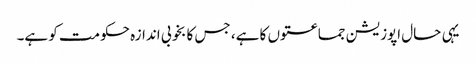
یہی حال اپوزیشن جماعتوں کا ہے، جس کا بخوبی اندازہ حکومت کو ہے۔